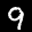
Label: 9